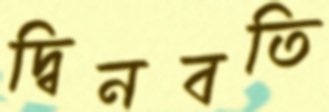
দ্বিনবতি